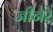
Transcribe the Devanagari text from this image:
जीनेरे